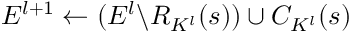
E ^ { l + 1 } \gets ( E ^ { l } \backslash R _ { K ^ { l } } ( s ) ) \cup C _ { K ^ { l } } ( s )